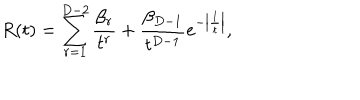
R ( t ) = \sum _ { r = 1 } ^ { D - 2 } { \frac { \beta _ { r } } { t ^ { r } } } + { \frac { \beta _ { D - 1 } } { t ^ { D - 1 } } } e ^ { - \left| { \frac { 1 } { t } } \right| } ,